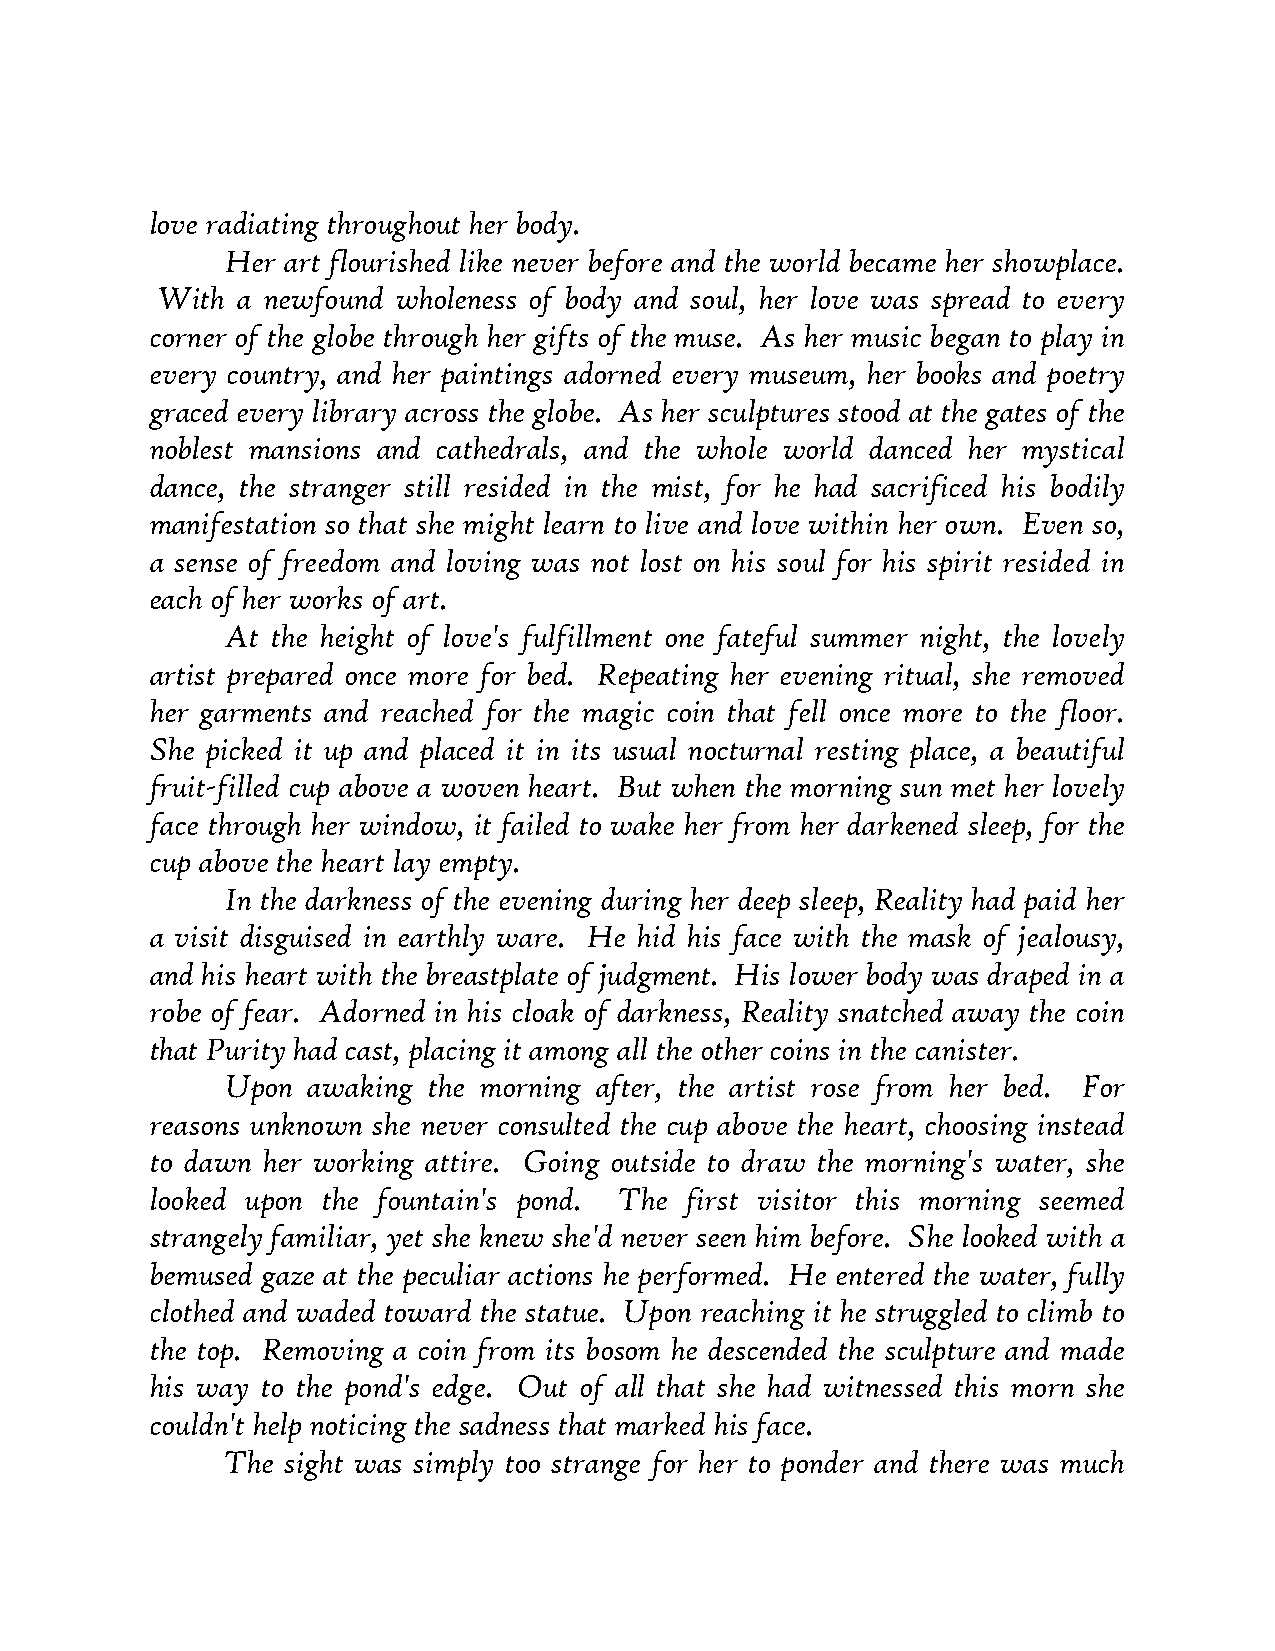
love radiating throughout her body.
 Her art flourished like never before and the world became her showplace.
 With  a newfound wholeness of body and soul, her love was spread to every
 corner of the globe through her gifts of the muse. As her music began to play in
 every country, and her paintings adorned every museum, her books and poetry
 graced every library across the globe. As her sculptures stood at the gates of the
 noblest mansions and cathedrals, and the whole world danced her mystical
 dance, the stranger still resided in the mist, for he had sacrificed his bodily
 manifestation so that she might learn to live and love within her own. Even so,
 a sense of freedom and loving was not lost on his soul for his spirit resided in
 each of her works of art.
 At the height of love's fulfillment one fateful summer night, the lovely
 artist prepared once more for bed. Repeating her evening ritual, she removed
 her garments and reached for the magic coin that fell once more to the floor.
 She picked it up and placed it in its usual nocturnal resting place, a beautiful
 fruit-filled cup above a woven heart. But when the morning sun met her lovely
 face through her window, it failed to wake her from her darkened sleep, for the
 cup above the heart lay empty.
 In the darkness of the evening during her deep sleep, Reality had paid her
 a visit disguised in earthly ware. He hid his face with the mask of jealousy,
 and his heart with the breastplate of judgment. His lower body was draped in a
 robe of fear. Adorned in his cloak of darkness, Reality snatched away the coin
 that Purity had cast, placing it among all the other coins in the canister.
 Upon awaking the morning after, the artist rose from her bed. For
 reasons unknown she never consulted the cup above the heart, choosing instead
 to dawn her working attire. Going outside to draw the morning's water, she
 looked upon the fountain's pond. The first visitor this morning seemed
 strangely familiar, yet she knew she'd never seen him before. She looked with a
 bemused gaze at the peculiar actions he performed. He entered the water, fully
 clothed and waded toward the statue. Upon reaching it he struggled to climb to
 the top. Removing a coin from its bosom he descended the sculpture and made
 his way to the pond's edge. Out of all that she had witnessed this morn she
 couldn't help noticing the sadness that marked his face.
 The sight was simply too strange for her to ponder and there was much